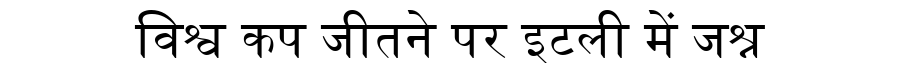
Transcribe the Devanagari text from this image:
विश्व कप जीतने पर इटली में जश्न